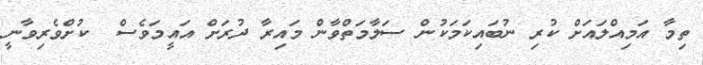
ތިމާ އަމިއްލައަށް ކުރި ނުބައިކަމަކުން ސަލާމަތްވާން މައިރާ ދުރަށް އައީމަވެސް  ކުށްވެރިވާނީ